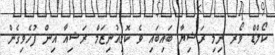
ކޯލްޑް ވޯރ ނިމި ރަޝިޔާ ބައިބައި ވެ ކޮމިއުނިޒަމް ރަޝިއާ އިން ފުހެވިގެން